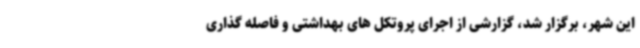
این شهر، برگزار شد، گزارشی از اجرای پروتکل های بهداشتی و فاصله گذاری